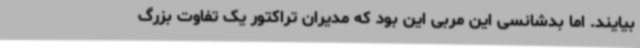
بیایند. اما بدشانسی این مربی این بود که مدیران تراکتور یک تفاوت بزرگ